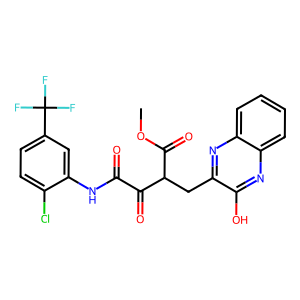
SMILES: COC(=O)C(Cc1nc2ccccc2nc1O)C(=O)C(=O)Nc1cc(C(F)(F)F)ccc1Cl
Inhibits HIV replication: No